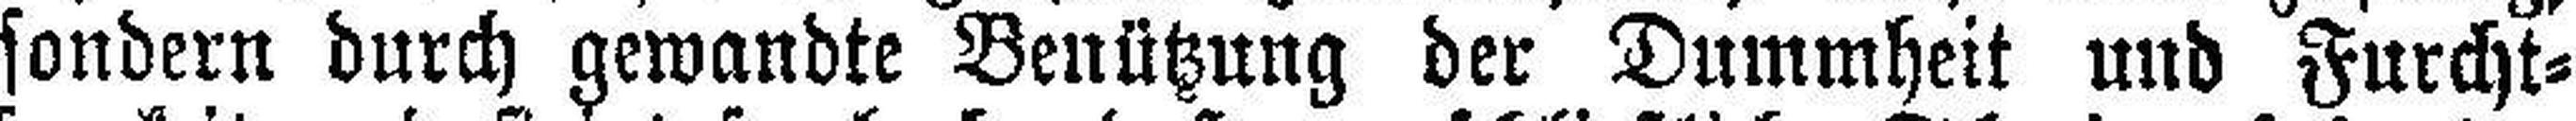
sondern durch gewandte Benützung der Dummheit und Furcht¬